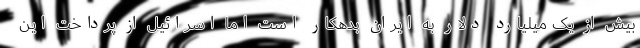
بیش از یک میلیارد دلار به ایران بدهکار است اما اسرائیل از پرداخت این